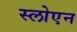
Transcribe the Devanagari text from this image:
स्लोएन